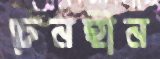
চেনহীন